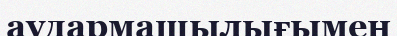
аудармашылығымен